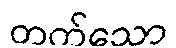
တက်သော